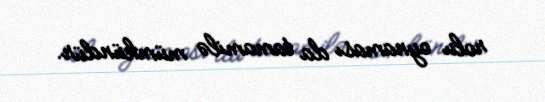
rolu oynaması da tamamilə mümkündür.